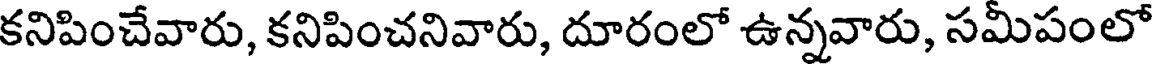
కనిపించేవారు, కనిపించనివారు, దూరంలో ఉన్నవారు, సమీపంలో